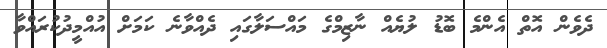
ދެވެން އޮތް އެންމެ ބޮޑު ލުޔެއް ނާޒިމްގެ މައްސަލާގައި ދެއްވާނެ ކަމަށް އުއްމީދުކުރައްވާ